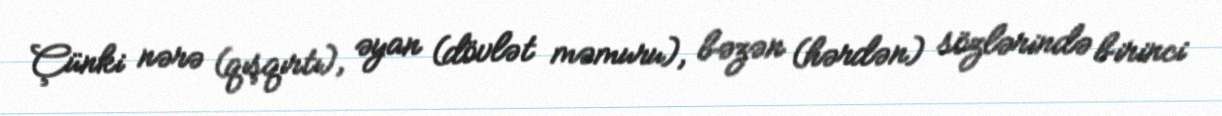
Çünki nərə (qışqırtı), əyan (dövlət məmuru), bəzən (hərdən) sözlərində birinci